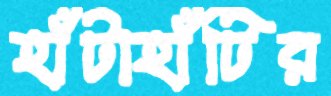
হাঁটাহাঁটির